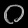
Digit: ၀